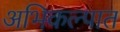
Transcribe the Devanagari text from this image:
अभिकल्पात